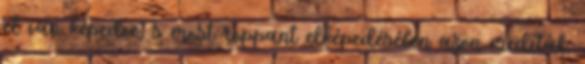
el van képedve, s most roppant elképedésében azon meditál,